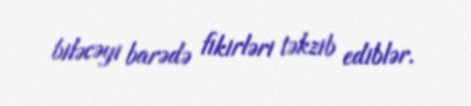
biləcəyi barədə fikirləri təkzib ediblər.